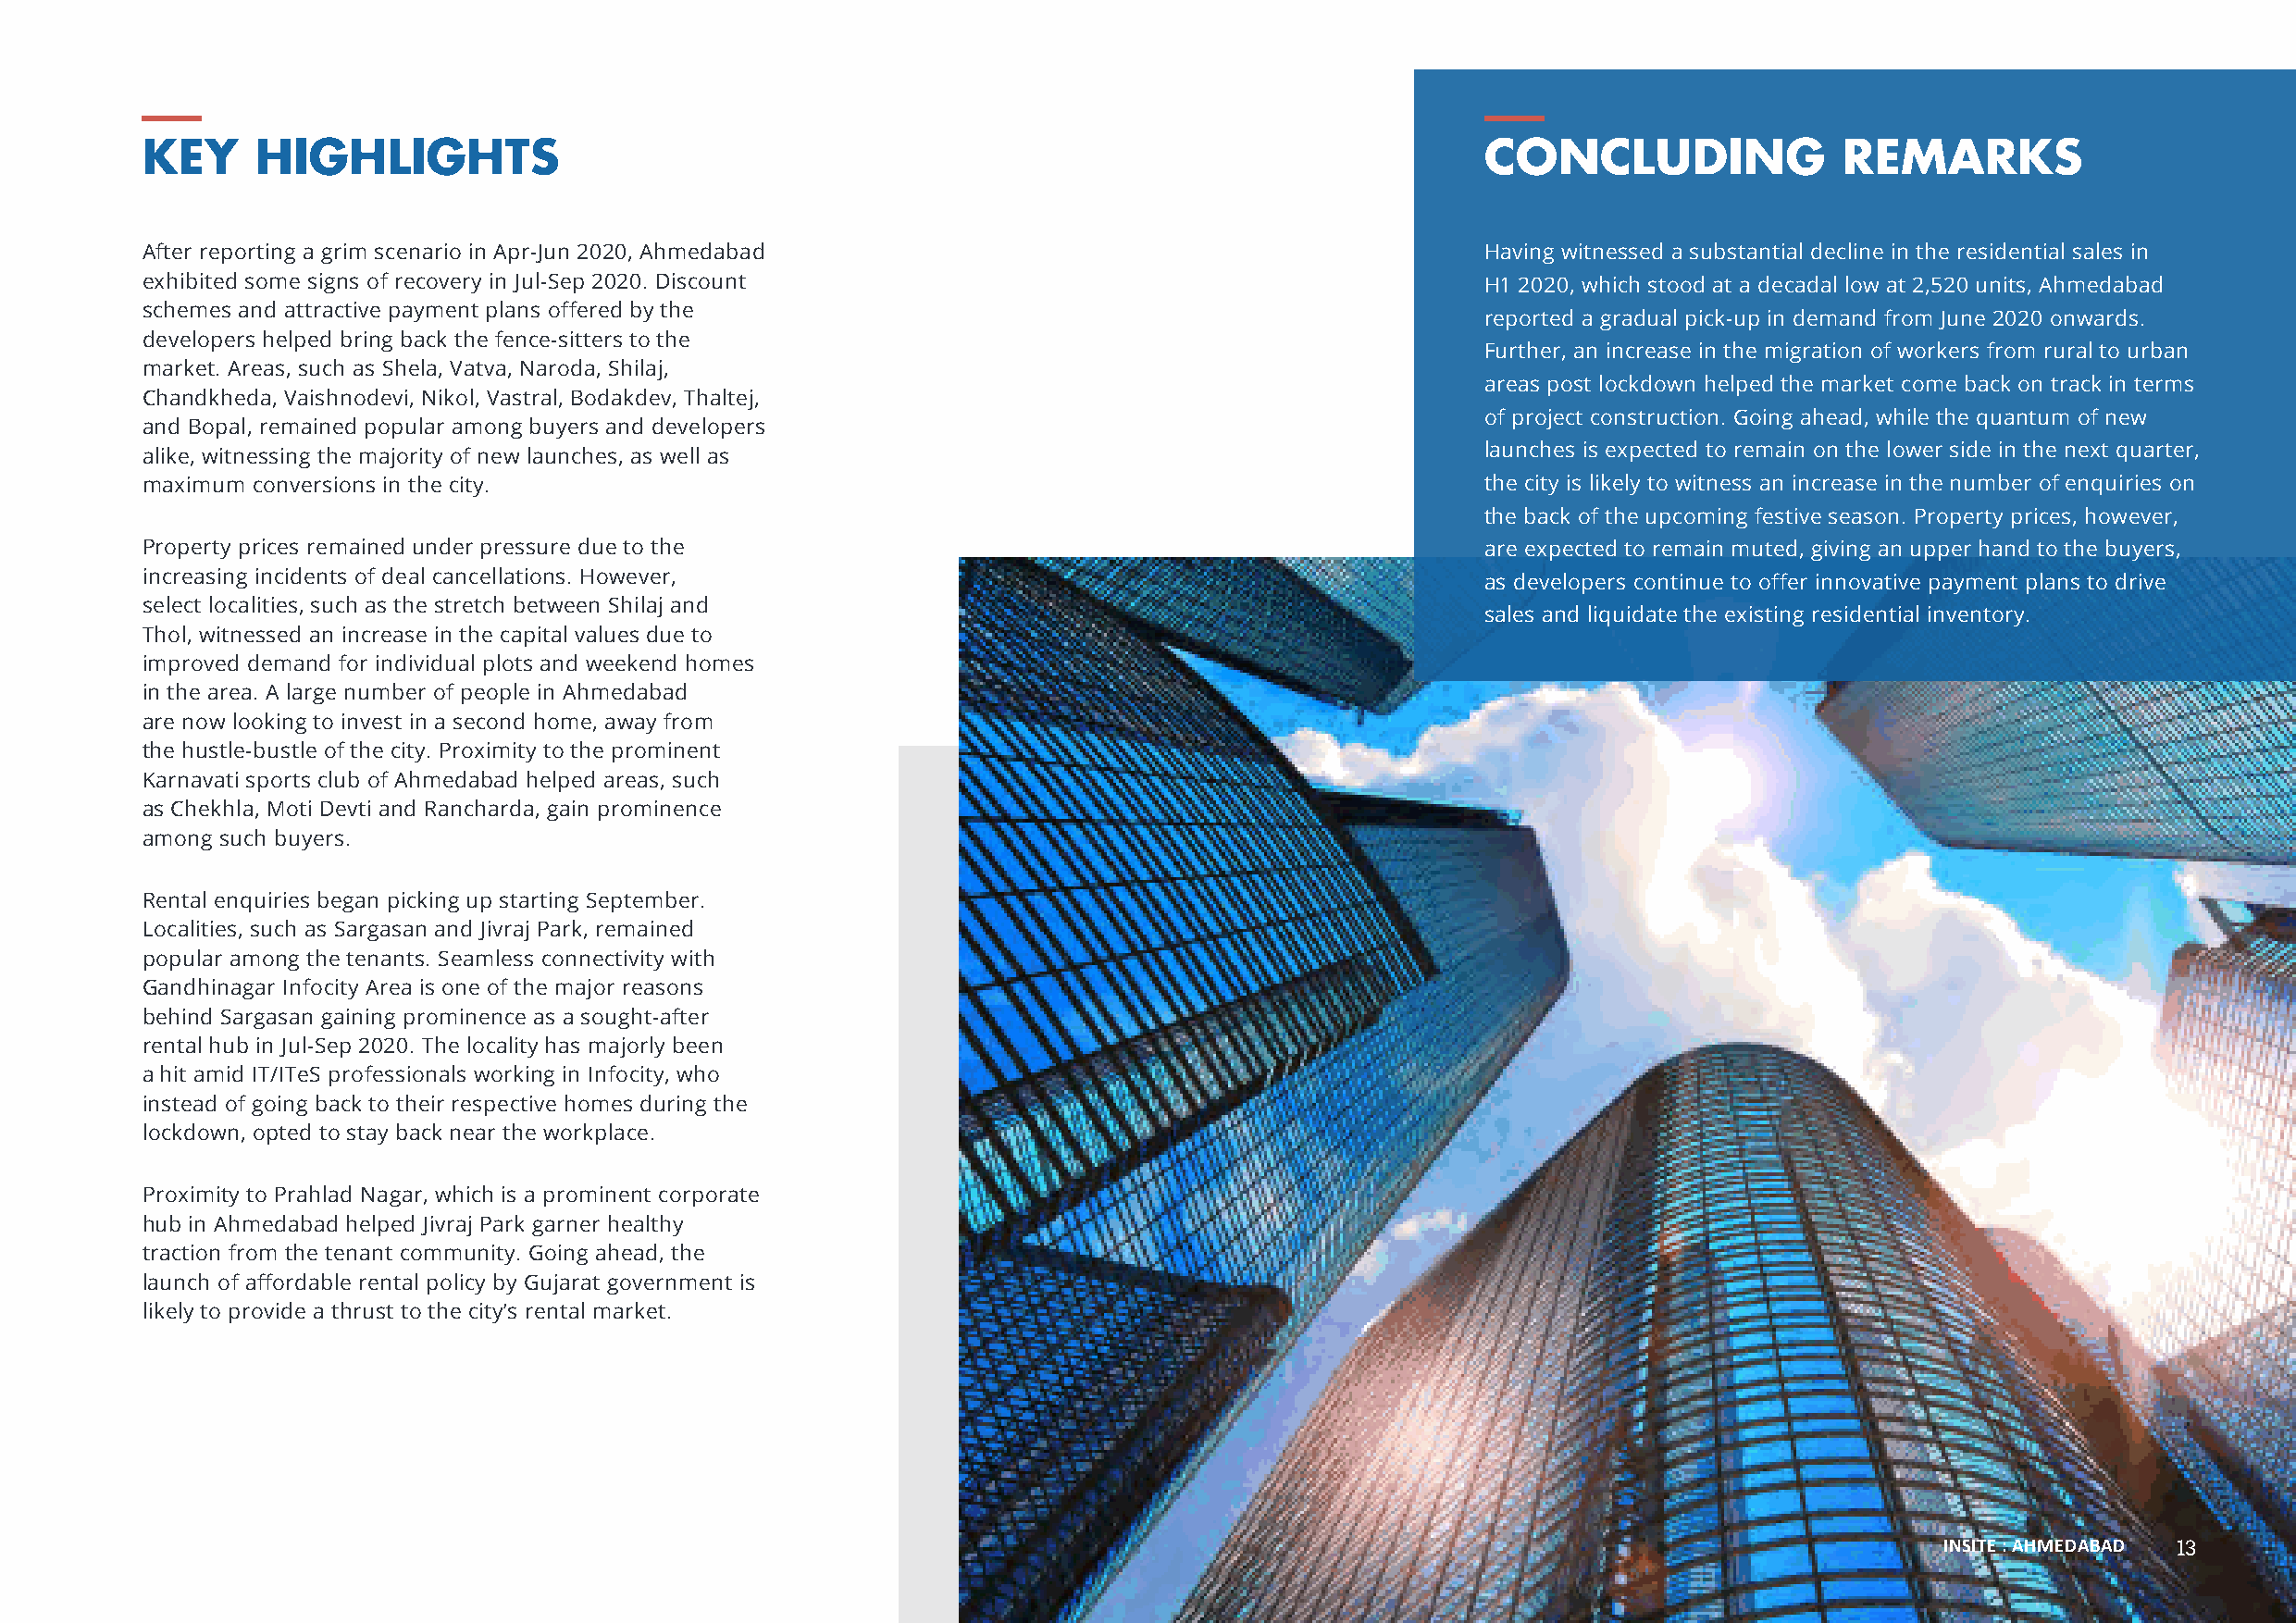
KEY     HIGHLIGHTS                                                                              CONCLUDING                REMARKS
 After reporting a grim scenario in Apr-Jun 2020, Ahmedabad                                      Having witnessed a substantial decline in the residential sales in
 exhibited some signs of recovery in Jul-Sep 2020. Discount                                      H1 2020, which stood at a decadal low at 2,520 units, Ahmedabad
 schemes and attractive payment plans offered by the
 reported a gradual pick-up in demand from June 2020 onwards.
 developers helped bring back the fence-sitters to the
 Further, an increase in the migration of workers from rural to urban
 market. Areas, such as Shela, Vatva, Naroda, Shilaj,
 areas post lockdown helped the market come back on track in terms
 Chandkheda, Vaishnodevi, Nikol, Vastral, Bodakdev, Thaltej,
 of project construction. Going ahead, while the quantum of new
 and Bopal, remained popular among buyers and developers
 launches is expected to remain on the lower side in the next quarter,
 alike, witnessing the majority of new launches, as well as
 maximum conversions in the city.                                                                the city is likely to witness an increase in the number of enquiries on
 the back of the upcoming festive season. Property prices, however,
 Property prices remained under pressure due to the                                              are expected to remain muted, giving an upper hand to the buyers,
 increasing incidents of deal cancellations. However,
 as developers continue to offer innovative payment plans to drive
 select localities, such as the stretch between Shilaj and
 sales and liquidate the existing residential inventory.
 Thol, witnessed an increase in the capital values due to
 improved demand for individual plots and weekend homes
 in the area. A large number of people in Ahmedabad
 are now looking to invest in a second home, away from
 the hustle-bustle of the city. Proximity to the prominent
 Karnavati sports club of Ahmedabad helped areas, such
 as Chekhla, Moti Devti and Rancharda, gain prominence
 among such buyers.
 Rental enquiries began picking up starting September.
 Localities, such as Sargasan and Jivraj Park, remained
 popular among the tenants. Seamless connectivity with
 Gandhinagar Infocity Area is one of the major reasons
 behind Sargasan gaining prominence as a sought-after
 rental hub in Jul-Sep 2020. The locality has majorly been
 a hit amid IT/ITeS professionals working in Infocity, who
 instead of going back to their respective homes during the
 lockdown, opted to stay back near the workplace.
 Proximity to Prahlad Nagar, which is a prominent corporate
 hub in Ahmedabad helped Jivraj Park garner healthy
 traction from the tenant community. Going ahead, the
 launch of affordable rental policy by Gujarat government is
 likely to provide a thrust to the city’s rental market.
 INSITE : AHMEDABAD 13